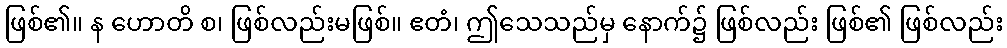
ဖြစ်၏။ န ဟောတိ စ၊ ဖြစ်လည်းမဖြစ်။ ဧတံ၊ ဤသေသည်မှ နောက်၌ ဖြစ်လည်း ဖြစ်၏ ဖြစ်လည်း